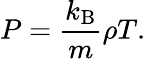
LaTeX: P=\frac{k_{\mathrm{B}}}{m}\rho T.